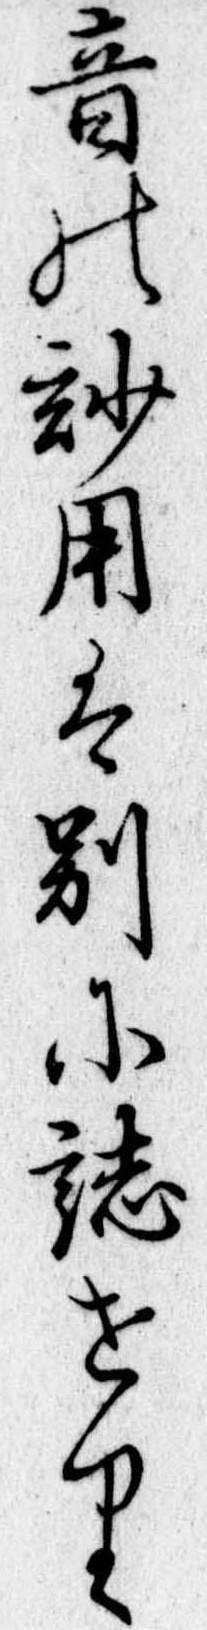
音の妙用は別に誌せり